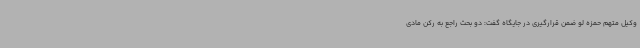
وکیل متهم حمزه لو ضمن قرارگیری در جایگاه گفت: دو بحث راجع به رکن مادی